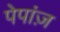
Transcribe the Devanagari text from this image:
पेपांज़